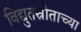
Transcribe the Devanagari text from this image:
विद्युतस्रोताच्या